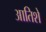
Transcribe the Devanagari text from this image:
आतिशे